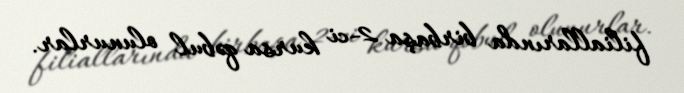
filiallarında birbaşa 2-ci kursa qəbul olunurlar.